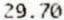
29.70